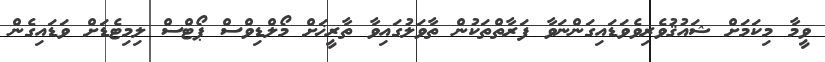
ވީމާ މިކަމަށް ޝައުޤުވެރިވެވަޑައިގަންނަވާ ފަރާތްތަކުން ތާވަލުގައިވާ ތާރީޚަށް މޯލްޑިވްސް ޕޯޓްސް ލިމިޓެޑަށް ވަޑައިގެން